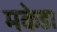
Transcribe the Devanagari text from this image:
मकेडा